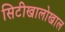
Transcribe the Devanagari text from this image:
सिटीखालोखाल